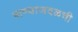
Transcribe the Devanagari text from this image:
पाण्याजवळची